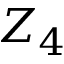
Z _ { 4 }